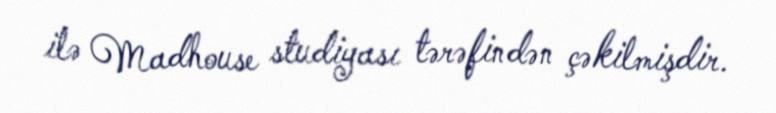
ilə Madhouse studiyası tərəfindən çəkilmişdir.